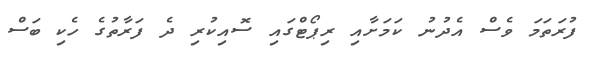
ފުރަތަމަ ވެސް އެދުނު ކަމަށާއި ރިޕޯޓްގައި ސޮއިކުރި ދެ ފަރާތުގެ ހެކި ބަސް